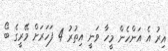
އިރު އެ އަންހެން މީހާ ވަނީ އިތުރު 4 ފަހަރަށް މޭރީގެ ބޯ